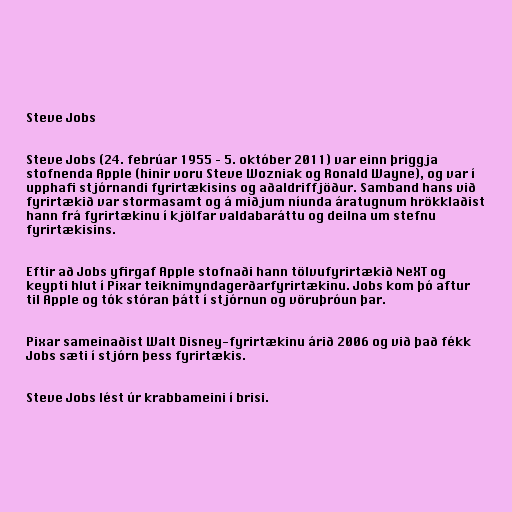
Steve Jobs

Steve Jobs (24. febrúar 1955 – 5. október 2011) var einn þriggja
stofnenda Apple (hinir voru Steve Wozniak og Ronald Wayne), og var í
upphafi stjórnandi fyrirtækisins og aðaldriffjöður. Samband hans við
fyrirtækið var stormasamt og á miðjum níunda áratugnum hrökklaðist
hann frá fyrirtækinu í kjölfar valdabaráttu og deilna um stefnu
fyrirtækisins.

Eftir að Jobs yfirgaf Apple stofnaði hann tölvufyrirtækið NeXT og
keypti hlut í Pixar teiknimyndagerðarfyrirtækinu. Jobs kom þó aftur
til Apple og tók stóran þátt í stjórnun og vöruþróun þar.

Pixar sameinaðist Walt Disney-fyrirtækinu árið 2006 og við það fékk
Jobs sæti í stjórn þess fyrirtækis.

Steve Jobs lést úr krabbameini í brisi.